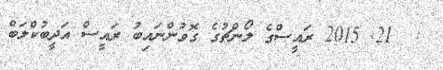
:  21